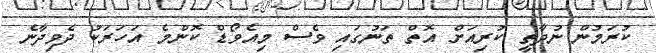
ކުރަމުން ނުދާތީ ކުރިއަށް އޮތް ތަނުގައި ވެސް މިއެވޯޑް ކޮންމެ އަހަރަކު ދެވިދާނެ